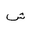
Letter: _shin